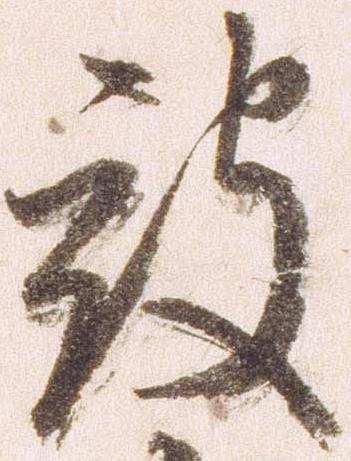
被